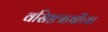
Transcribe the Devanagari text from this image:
वसिष्ठऋषींच्या